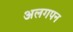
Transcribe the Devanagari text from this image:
अलगपन